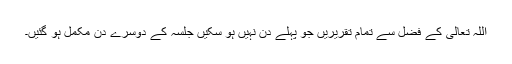
اللہ تعالیٰ کے فضل سے تمام تقریریں جو پہلے دن نہیں ہو سکیں جلسہ کے دوسرے دن مکمل ہو گئیں۔